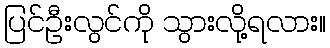
ပြင်ဦးလွင်ကို သွားလို့ရလား။